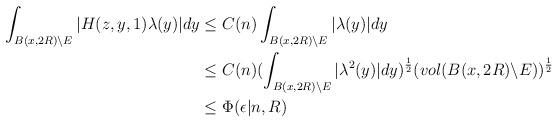
LaTeX: \begin{align*}\begin{aligned}\int_{B(x, 2R)\backslash E} |H(z, y, 1)\lambda(y)|dy&\leq C(n)\int_{B(x, 2R)\backslash E}|\lambda(y)|dy\\& \leq C(n)(\int_{B(x, 2R)\backslash E}|\lambda^2(y)|dy)^{\frac{1}{2}} (vol(B(x, 2R)\backslash E))^{\frac{1}{2}}\\&\leq \Phi(\epsilon|n, R)\end{aligned}\end{align*}